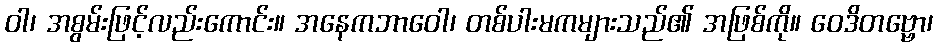
ဝါ၊ အစွမ်းဖြင့်လည်းကောင်း။ အနေကဘာဝေါ၊ တစ်ပါးမကများသည်၏ အဖြစ်ကို။ ဝေဒိတဗ္ဗော၊